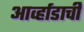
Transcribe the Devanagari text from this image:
आर्व्हाडाची